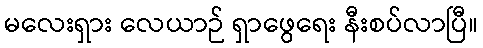
မလေးရှား လေယာဉ် ရှာဖွေရေး နီးစပ်လာပြီ။